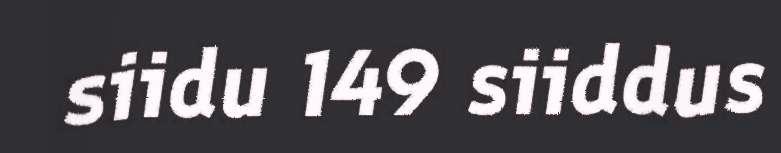
siidu 149 siiddus